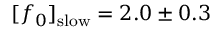
[ f _ { 0 } ] _ { \mathrm { s l o w } } = 2 . 0 \pm 0 . 3